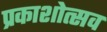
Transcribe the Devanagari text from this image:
प्रकाशोत्‍सव